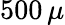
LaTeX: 500\, \mu